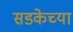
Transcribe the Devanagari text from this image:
सडकेच्या